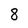
Character: 8